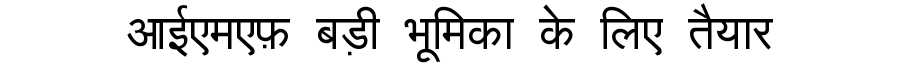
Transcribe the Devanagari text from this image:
आईएमएफ़ बड़ी भूमिका के लिए तैयार